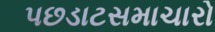
પછડાટસમાચારો